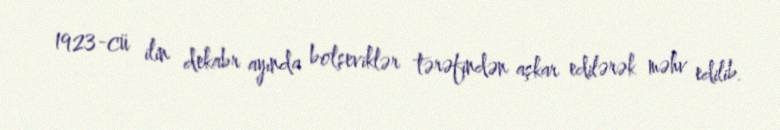
1923-cü ilin dekabr ayında bolşeviklər tərəfindən aşkar edilərək məhv edilib.